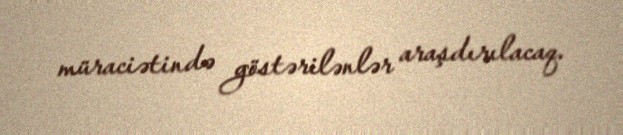
müraciətində göstərilənlər araşdırılacaq.